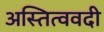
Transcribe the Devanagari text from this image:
अस्तित्ववदी